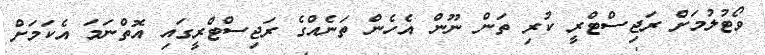
ވޯޓުލުމަށް ރަޖިސްޓްރީ ކުރި ތަން ނޫން އެހެން ތަނެއްގެ ރަޖިސްޓްރީގައި އޮތްނަމަ އެކަމަށް